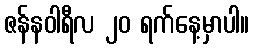
ဇန်နဝါရီလ ၂၀ ရက်နေ့မှာပါ။